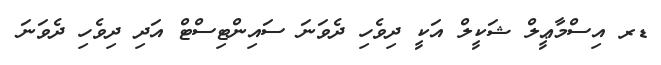
ޑރ އިސްމާޢީލް ޝަކީލް އަކީ ދިވެހި ދެވަނަ ސައިންޓިސްޓް އަދި ދިވެހި ދެވަނަ